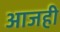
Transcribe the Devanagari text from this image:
अाजही